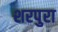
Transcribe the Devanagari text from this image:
शरपुरा